Report on vaccination in Madras 1922-1929 - 1922-1929
Year: 1922
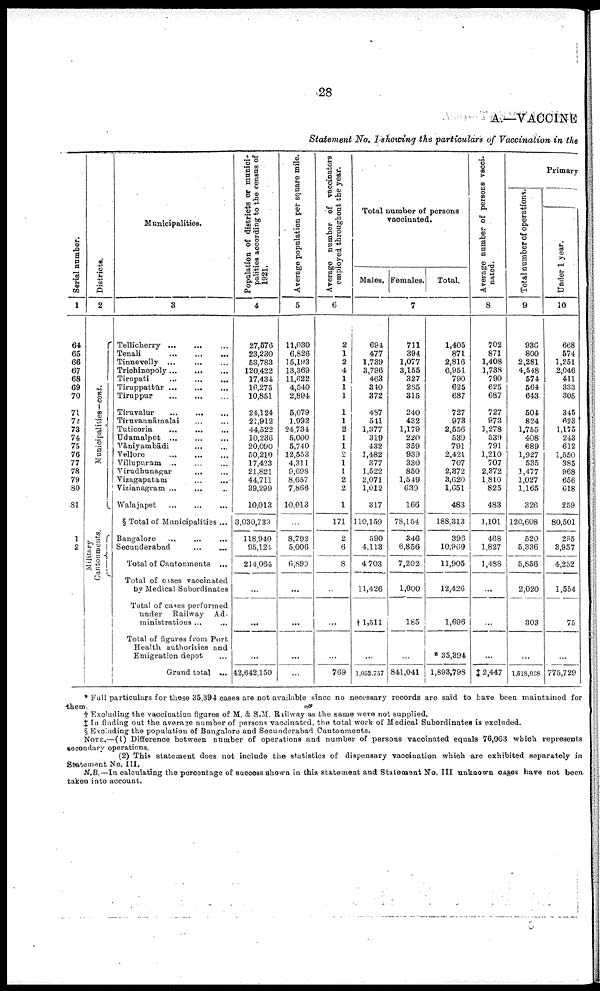
28
A.—VACCINE
Statement No. I showing the particulars of Vaccination in the
Serial number.
1
64
65
66
67
68
69
70
71
72
73
74
75
76
77
78
79
80
81
1
2
Districts.
2
Municipalities—cont.
Military
Cantonments
Municipalities.
3
Tellicherry ... ... ...
Tenali
...
...
...
Tinnevelly
...
...
...
Trichinopoly
...
...
...
Tirupati
...
...
...
Tiruppattūr
...
...
...
Tiruppur
...
...
...
Tiruvalur
...
...
...
Tiruvannāmalai ... ...
Tuticorin
...
...
...
Udamalpet ... ... ...
Vāniyambādi ... ... ...
Vellore
...
...
...
Villupuram ... ... ...
Virudhunagar ... ...
Vizagapatam
...
...
Vizianagram ... ... ...
Walajapet
...
...
...
§ Total of Municipalities ...
Bangalore ... ... ...
Secunderabad
...
...
Total of Cantonments ...
Total of cases vaccinated
by Medical Subordinates
Total of cases performed
under Railway Ad
ministrations ... ...
Total of figures from Port
Health authorities and
Emigration depot ...
Grand total ...
Population of districts or munici
palities according to the census of
1921.
4
27,576
23,230
53,783
120,422
17,434
16,275
10,851
24,124
22,912
44,522
10,236
20,090
50,210
17,423
21,821
44,711
39,299
10,013
3,030,739
118,940
95,124
214,064
...
...
...
42,642,150
Average population per square mile.
5
11,030
6,826
15,193
13,369
11,622
4,540
2,894
5,079
1,992
24,734
5,000
5,740
12,553
4,311
9,698
8,657
7,866
10,013
...
8,792
5,006
6,899
...
...
...
...
Average number of vaccinators
employed throughout the year.
6
2
1
2
4
1
1
1
1
1
2
1
1
2
1
1
2
2
1
171
2
6
8
...
...
...
769
Total number of persons
vaccinated.
Males. Females.
Total.
7
694
477
1,739
3,796
463
340
372
487
541
1,377
319
432
1,482
377
1,522
2,071
1,012
317
110,159
590
4,113
4,703
11,426
† 1,511
...
1,052,757
711
394
1,077
3,155
327
285
315
240
432
1,179
220
359
939
330
850
1,549
639
166
78,154
346
6,856
7,202
1,000
185
...
841,041
1,405
871
2,816
6,951
790
625
687
727
973
2,556
539
791
2,421
707
2,372
3,620
1,651
483
188,313
396
10,969
11,905
12,426
1,696
* 35,394
1,893,798
Average number of persons vacci-
nated.
8
702
871
1,408
1,738
790
625
687
727
973
1,278
539
791
1,210
707
2,372
1,810
825
483
1,101
468
1,827
1,488
...
...
...
‡ 2,447
Primary
Total number of operations.
9
936
800
2,281
4,548
574
564
643
504
824
1,755
408
689
1,927
535
1,477
1,027
1,165
326
120,608
520
5,336
5,856
2,020
303
...
l,618,058
Under 1 year.
10
668
574
1,251
2,046
411
333
305
345
623
1,175
243
612
1,550
385
968
656
618
259
80,501
205
3,957
4,252
1,554
75
...
775,729
* Full particulars for these 35,394 cases are not available since no necessary records are said to have been maintained for
-them.
† Excluding the vaccination figures of M. & S.M. Railway as the same were not supplied.
‡ In finding out the average number of persons vaccinated, the total work of Medical Subordinates is excluded.
§ Excluding the population of Bangalore and Secunderabad Cantonments.
NOTE.—(1) Difference between number of operations and number of persons vaccinated equals 76,063 which represents
secondary operations.
(2) This statement does not include the statistics of dispensary vaccination which are exhibited separately in
Statement No. III.
N.B.—In calculating the percentage of success shown in this statement and Statement No. III unknown cases have not been-
taken into account.